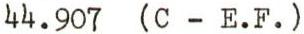
44.907 (C - E.F. )